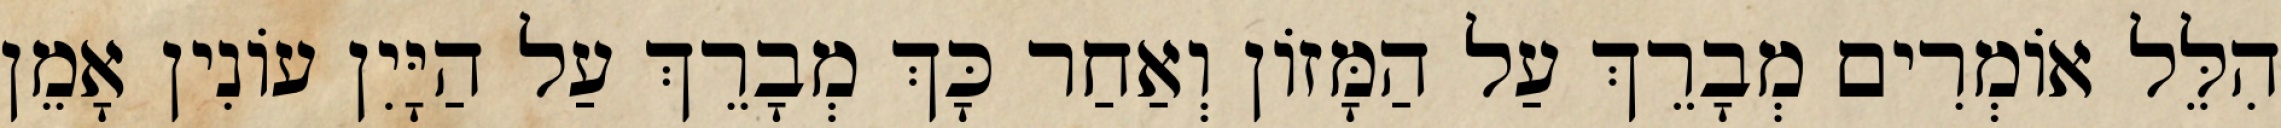
הִלֵּל אוֹמְרִים מְבָרֵךְ עַל הַמָּזוֹן וְאַחַר כָּךְ מְבָרֵךְ עַל הַיָּיִן עוֹנִין אָמֵן